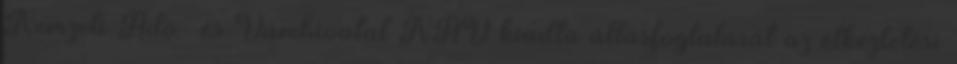
Nemzeti Adó- és Vámhivatal NAV kiadta állásfoglalását az étkeztetési